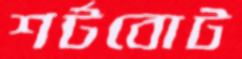
শর্টবোট